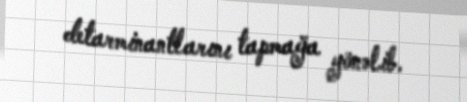
detarminantlarını tapmağa yönəlib.